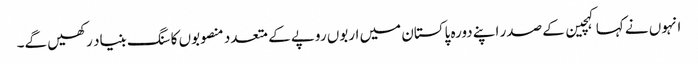
انہوں نے کہا کہچین کے صدر اپنے دورہ پاکستان میں اربوں روپے کے متعدد منصوبوں کا سنگ بنیاد رکھیں گے۔